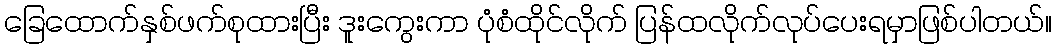
ခြေထောက်နှစ်ဖက်စုထားပြီး ဒူးကွေးကာ ပုံစံထိုင်လိုက် ပြန်ထလိုက်လုပ်ပေးရမှာဖြစ်ပါတယ်။